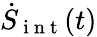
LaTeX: \dot{S}_{\mathrm{~i~n~t~}}(t)